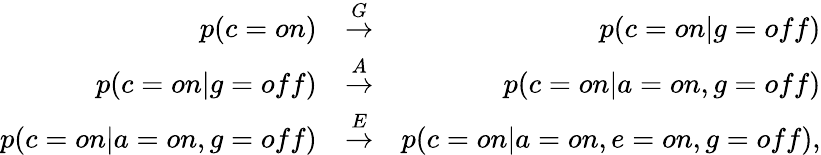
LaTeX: \begin{array}{rlr}{p(c={on})}&{\stackrel{G}{\rightarrow}}&{p(c={on}|g={off})}\\ {p(c={on}|g={off})}&{\stackrel{A}{\rightarrow}}&{p(c={on}|a={on},g={off})}\\ {p(c={on}|a={on},g={off})}&{\stackrel{E}{\rightarrow}}&{p(c={on}|a={on},e={on},g={off}),}\end{array}